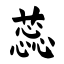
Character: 蕊